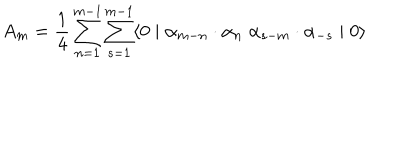
LaTeX: A _ { m } = \frac { 1 } { 4 } \sum _ { n = 1 } ^ { m - 1 } \sum _ { s = 1 } ^ { m - 1 } \langle 0 \mid { \alpha } _ { m - n } \cdot { \alpha } _ { n } \; { \alpha } _ { s - m } \cdot { \alpha } _ { - s } \mid 0 \rangle